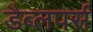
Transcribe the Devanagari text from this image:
डैब्लपर्स